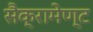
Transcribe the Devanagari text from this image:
सैक्रामेण्ट